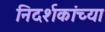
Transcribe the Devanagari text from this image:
निदर्शकांच्या